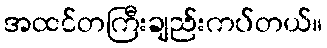
အထင်တကြီးချည်းကပ်တယ်။